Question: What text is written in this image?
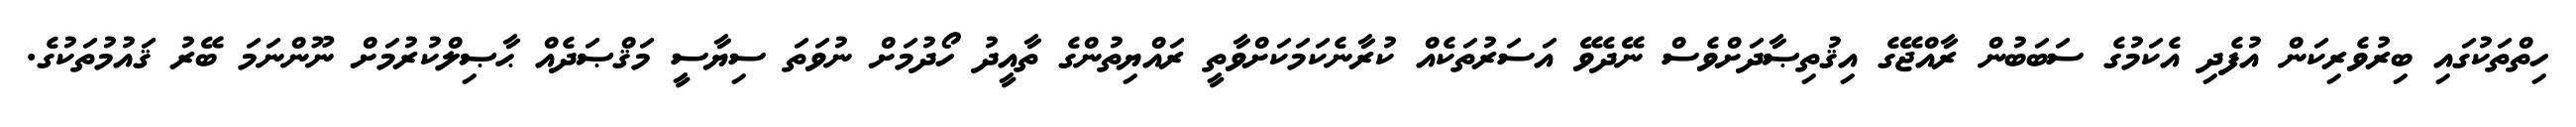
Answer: ހިތްތަކުގައި ބިރުވެރިކަން އުފެދި އެކަމުގެ ސަބަބުން ރާއްޖޭގެ އިޤުތިޞާދަށްވެސް ނޭދެވޭ އަސަރުތަކެއް ކުރާނެކަމަކަށްވާތީ ރައްޔިތުންގެ ތާއީދު ހޯދުމަށް ނުވަތަ ސިޔާސީ މަޤްޞަދެއް ޙާޞިލްކުރުމަށް ނޫންނަމަ ބޭރު ޤައުމުތަކުގެ.